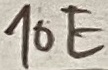
Text: 10E